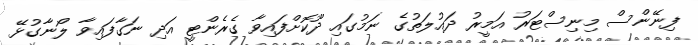
ފިނޭންސް މިނިސްޓަރު އަމީރު ދައުލަތުގެ ނަމުގައި ދޫކޮށްފައިވާ ގެރެންޓީ އަދި ނަގާފައިވާ ލޯނާގުޅޭ